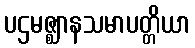
ပဌမဇ္ဈာနသမာပတ္တိယာ